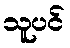
သူပင်